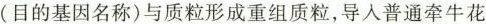
(目的基因名称)与质粒形成重组质粒，导入普通牵牛花